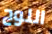
اللوح